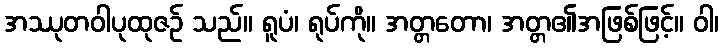
အဿုတဝါပုထုဇဉ် သည်။ ရူပံ၊ ရုပ်ကို။ အတ္တတော၊ အတ္တ၏အဖြစ်ဖြင့်။ ဝါ၊